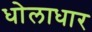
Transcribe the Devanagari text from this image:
धोलाधार